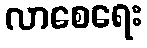
လာစေရေး